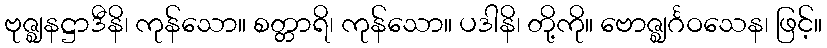
ဗုဇ္ဈနဋ္ဌာဒီနိ၊ ကုန်သော။ စတ္တာရိ၊ ကုန်သော။ ပဒါနိ၊ တို့ကို။ ဗောဇ္ဈင်္ဂဝသေန၊ ဖြင့်။